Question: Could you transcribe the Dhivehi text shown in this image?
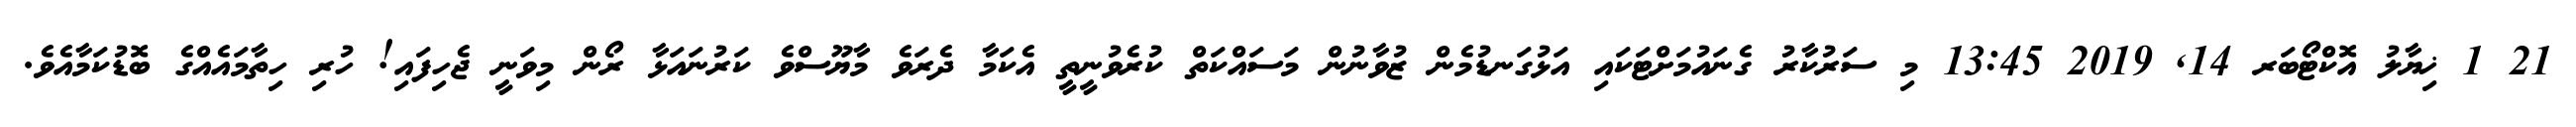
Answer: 21 1 ޚިޔާލު އޮކްޓޯބަރ 14, 2019 13:45 މި ސަރުކާރު ގެނައުމަށްޓަކައި އަޅުގަނޑުމެން ޒުވާނުން މަސައްކަތް ކުރެވުނީތީ އެކަމާ ދެރަވެ މާޔޫސްވެ ކަރުނައަޅާ ރޯން މިވަނީ ޖެހިފައި! ހުރި ހިތާމައެއްގެ ބޮޑުކަމާއެވެ.